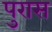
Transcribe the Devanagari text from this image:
पुरास